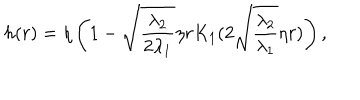
h ( r ) = \eta \left( 1 - \sqrt { \frac { \lambda _ { 2 } } { 2 \lambda _ { 1 } } } \eta r K _ { 1 } ( 2 \sqrt { \frac { \lambda _ { 2 } } { \lambda _ { 1 } } } \eta r ) \right) ,